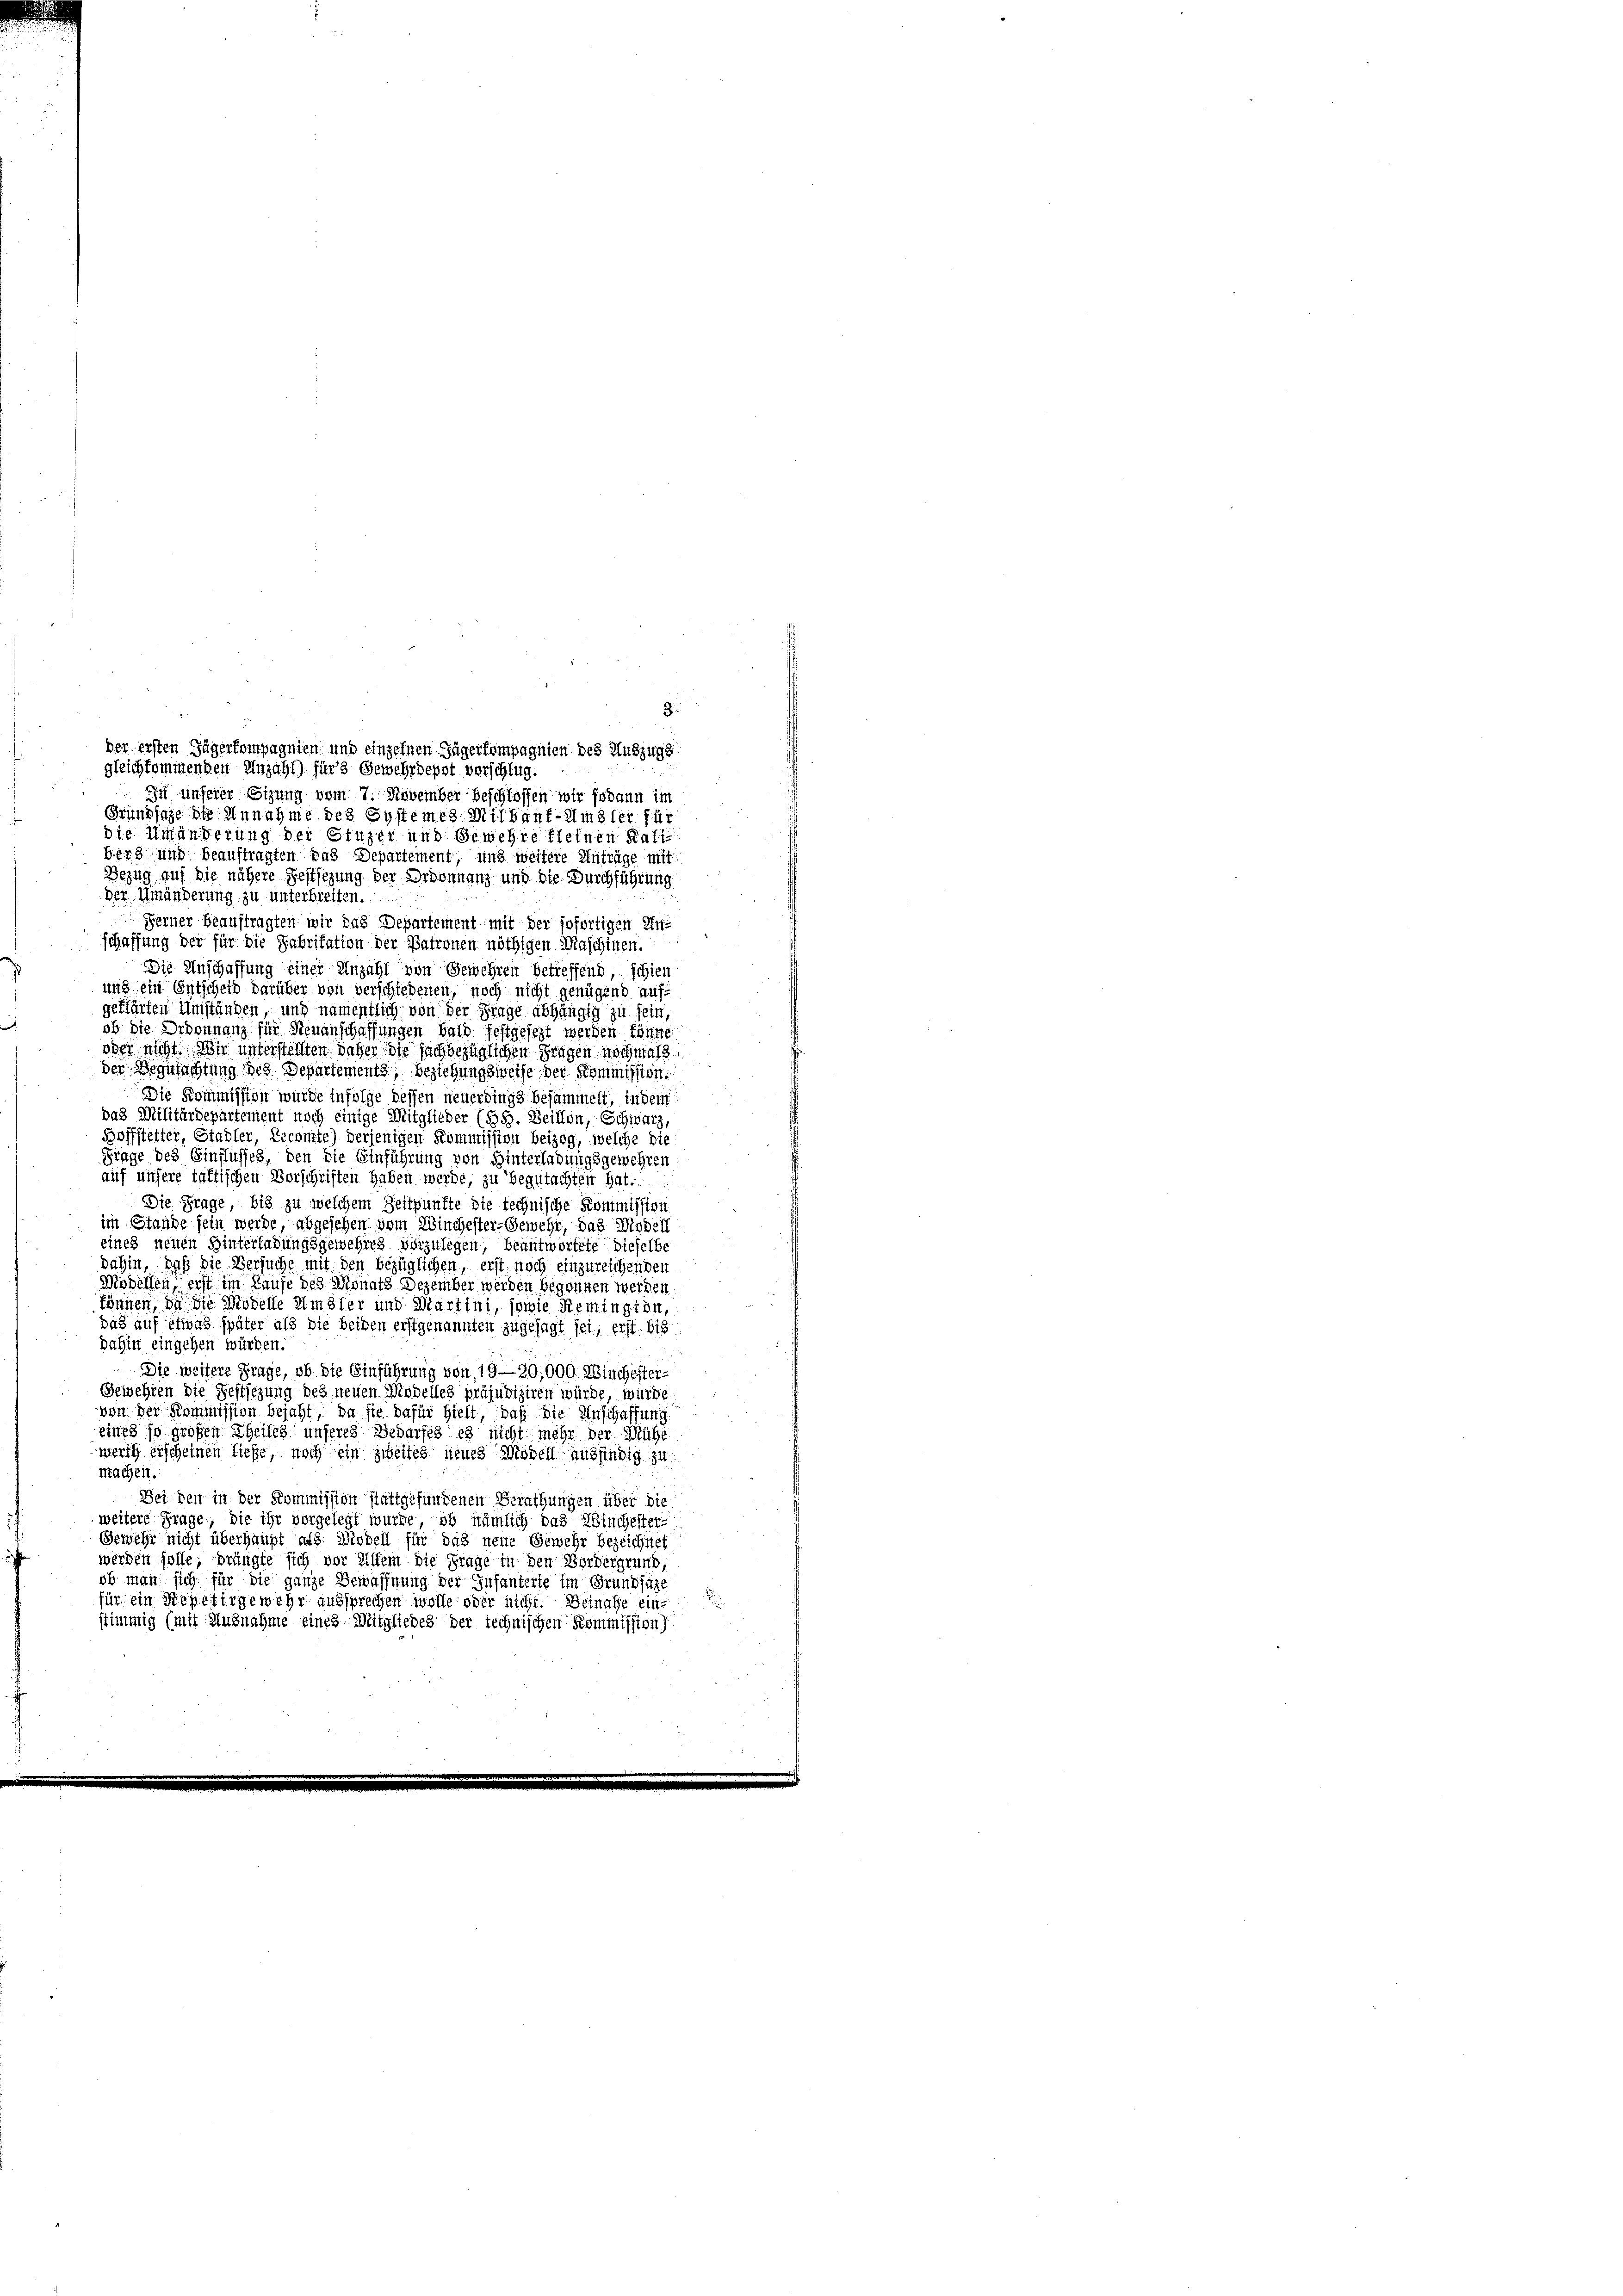
Grundlage die Annahme des Systemes Mitbauf-Amsler für
die Umänderung der Einzer und Gewehre fleinen Ratiberg und beauftragten das Departement, und weitere Anträge mit
Bezug auf die nähere Festsezung der Ordonnanz und die Durchführung
der Umänderung zu unterbreiten.
Ferner Beauftragten wir das Departement mit der sofortigen Inschaffung der für die Fabritation der Patronen nöthigen Maschinen.
Die Anschaffung einer Anzahl von Gewehren betreffend schien
und ein Entscheid darüber von verschiedenen, noch nicht genügend aufgeklärten Umständen, und namentlich von der Frage abhängig zu sein
ob. Die Ordonnanz für Neuanschaffungen halb festgesezt werden könne
oder nicht. Wir unterstellten daher die sachbezüglichen Fragen nochmals
der Begutachtung des Departements, Beziehungsweise der Kommission
Die Kommission wurde infolge dessen neuerdings besammelt, in dem
das Militärdepartement noch einige Mitglieder (Bd. Beillon, Schwarz,
Boffstetter, Stadler, Recomte) derjenigen Kommission beizog, welche die
Frage des Einflusses, den die Einführung von Hinterladungsgewehren
auf unsere tättischen Vorschriften haben werde, zu begutachten hat.
Die Frage, bis zu welchem Zeitpunkte die technische Kommission
im Stande sein werde abgesehen vom Winchester-Gewehr, das Modell
eines neuen Hinterladungsgewehres vorzulegen, beantwortete dieselbe
dahin, daß die Versuche mit den bezüglichen, erst noch einzureichenden
Modellen, erst im Laufe des Monats Dezember werden begonnen werden,
können, da die Modelle Umster und Martini, sowie Remington,
das auf etwas später als die beiden erstgenannten zugesagt sei, erst bis
dahin eingehen würden.
Die weitere Frage, ob die Einführung von 19—30,000. Winchester-
Gewehren die Festsezung des neuen Modelles präjudiziren würde, würde
von der Kommission bejaht, da sie dafür hielt, daß die Anschaffung
eines so großen Theileg unseres Bedarfes es nicht mehr der Mühe
werth erscheinen liefe, noch ein zweites neues Modell ausfindig zu
machen
Bei den in der Kommission stattgefundenen Berathungen über die
weitere Frage, die ihr vorgelegt wurde, ob nämlich das Winchester-
Gewehr nicht überhaupt als Modell für das neue Gewehr bezeichnet
werden solle, drängte sich vor Allem die Frage in den Vordergrund,
ob man sich für die ganze Bewaffnung der Infanterte im Grundsaze
für ein Repetirgewehr aussprechen wolle oder nicht. Beinahe ein-
stimmig (mit Ausnahme eines Mitgliedes der technischen Kommission)

3
der ersten Jägerkompagnien und einzelnen Zügerkompagnien des Auszugs
gleichkommenden Anzahl) für 3 Gewehrdepot verschlug.
In unserer Sitzung vom 7. November beschlossen wir sodann im